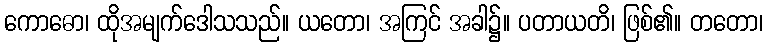
ကောဓော၊ ထိုအမျက်ဒေါသသည်။ ယတော၊ အကြင် အခါ၌။ ပတာယတိ၊ ဖြစ်၏။ တတော၊